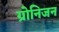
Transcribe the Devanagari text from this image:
ग्रोनिजन